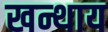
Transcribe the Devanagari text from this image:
खन्थाय